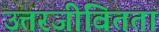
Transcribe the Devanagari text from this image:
उत्तरजीवितता